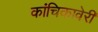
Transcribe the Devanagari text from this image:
कांचिकावेरी